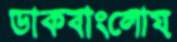
ডাকবাংলোয়